Source: Handwritten
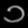
Digit: ၁ (1)